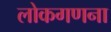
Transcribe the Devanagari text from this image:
लोकगणना